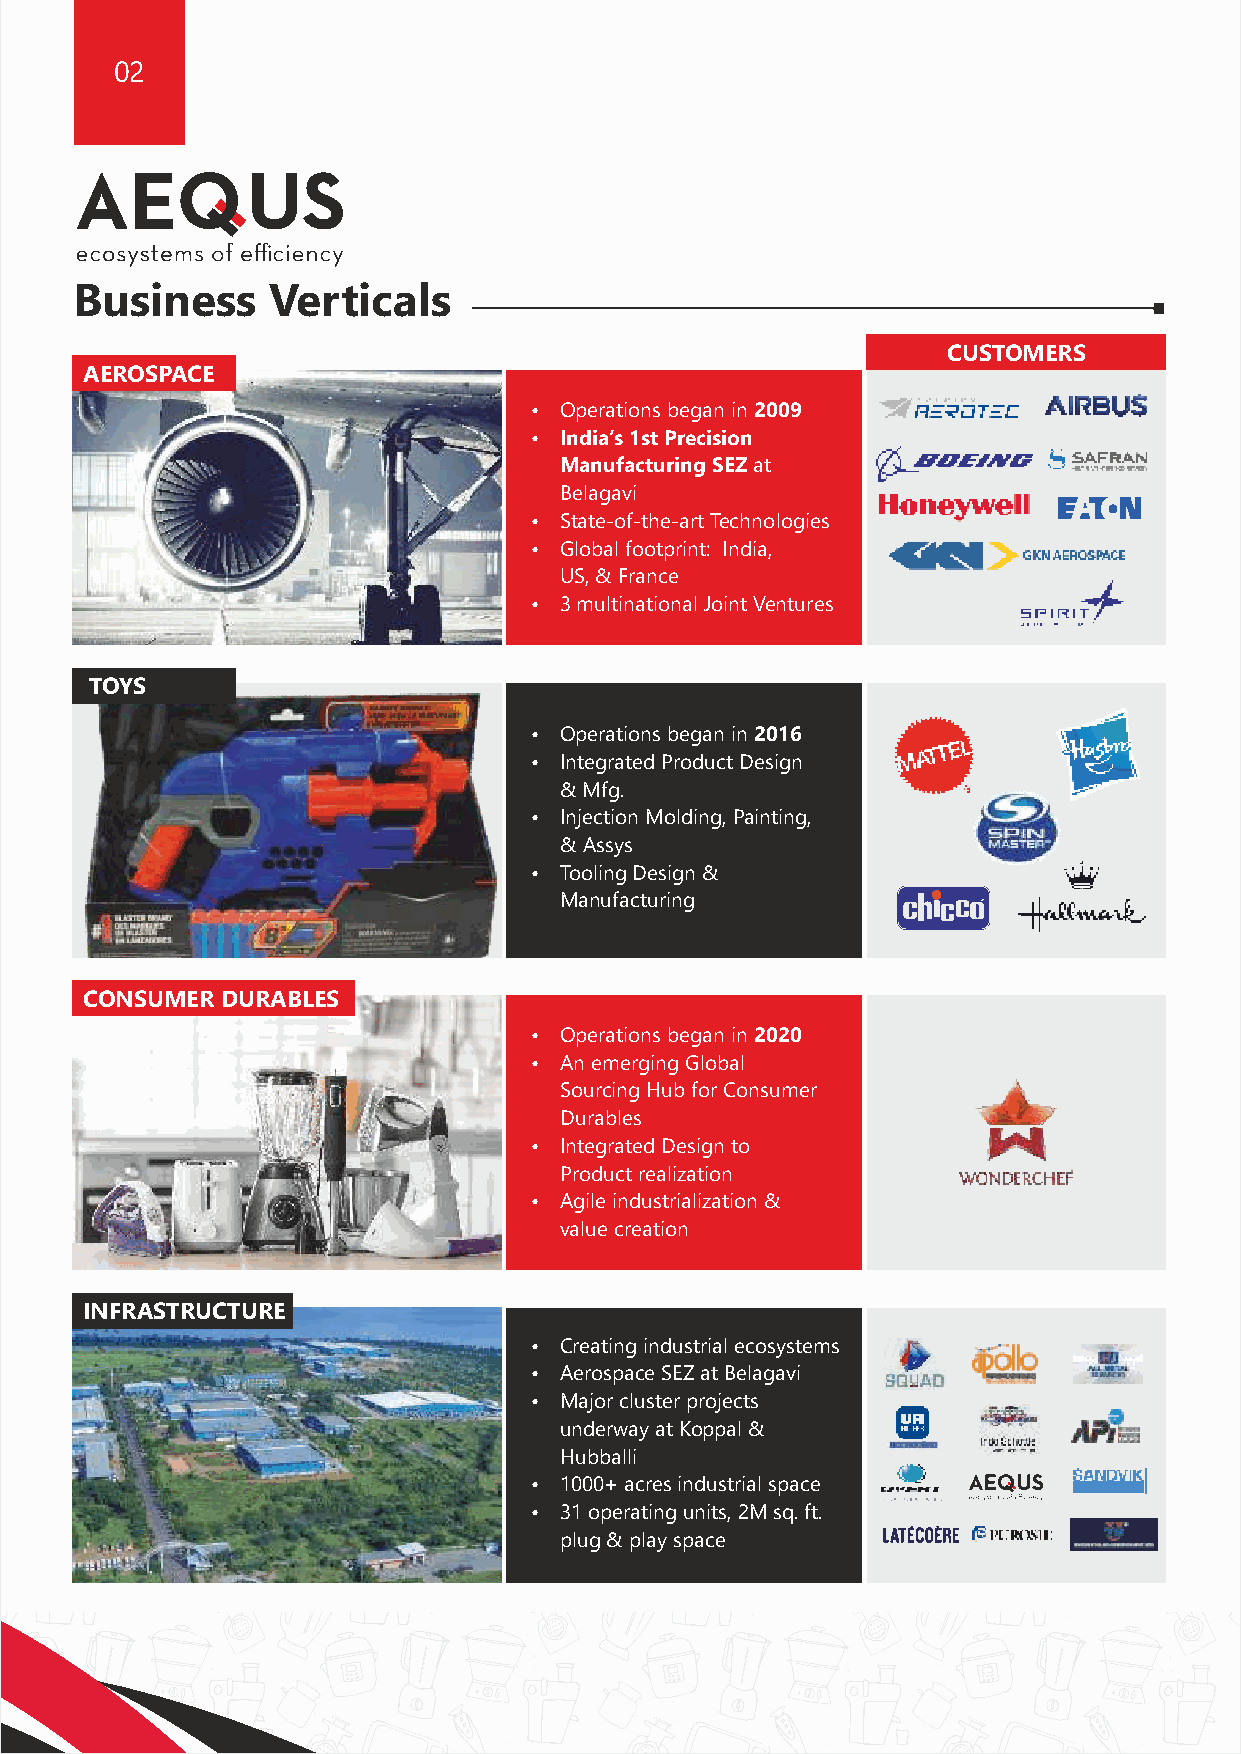
02                                                                                                                                                 03
 Industrial    parks    owned     and
 Business     Verticals                                                            operated      by  Aequs
 CUSTOMERS
 Belagavi     Aerospace      Cluster
 AEROSPACE
 Ÿ Operations began in 2009
 Ÿ India’s 1st Precision                                 250+
 Acres SEZ
 Manufacturing SEZ at
 Belagavi
 Ÿ State-of-the-art Technologies
 Ÿ Global footprint: India,
 US, & France
 Ÿ 3 multinational Joint Ventures
 TOYS
 Ÿ Operations began in 2016
 Ÿ Integrated Product Design
 & Mfg.
 Proud developer of India’s first vertically integrated and fully operational
 Ÿ Injection Molding, Painting,
 & Assys                                                          “Global Aerospace Manufacturing Ecosystem”
 Ÿ Tooling Design &
 Manufacturing
 India Locations
 CONSUMER DURABLES
 Ÿ Operations began in 2020
 Ÿ An emerging Global
 Sourcing Hub for Consumer                                                      ToMumbai
 Durables                                              B L G VI             Nhava Sheva
 ROSP C CLUST R
 Ÿ Integrated Design to                              Precision engineering and MAHARASHTRA 13 Gulbarga
 Product realization
 Bijapur
 Ÿ Agile industrialization &                         Aerospace manufacturing
 value creation                                    ecosystem spread across          218 Bagalkot
 Raichur
 260+ acres             Belagavi
 Gadag            India’s first Toys
 ANDHRAPRADESH
 Hubballi 63            Manufacturing ecosystem
 INFRASTRUCTURE
 4   Koppal Bellary
 Ÿ Creating industrial ecosystems                                         MormugaoPort Karwar Haveri    spread over 400 acres
 Ÿ Aerospace SEZ at Belagavi                                                       Davangere
 Chitradurga
 Ÿ Major cluster projects                                                          Shimoga
 H U B B A L L I             17
 underway at Koppal &                                                           Chikmagalur   7                National Highway
 DURABLE GOODS                      206 Tumkur
 Ÿ 1H 0u 0b 0b +a l ali c res industrial space       C IndL iaU 's fiS rsT t CE onR sumer NewMU andu gp ai lorePort Has Msa an ndya BENGK Ao Ll Uar R4 U ToChennai No. National Highway No.
 Ÿ 31 operating units, 2M sq. ft.                                                                                Major Cities
 Durable Goods manufacturing
 plug & play space                                                                Kodagu Mysore TAMILNADU      Ports
 ecosystem spread over 400 acres KERALA
 Chamrajnagar         Cities